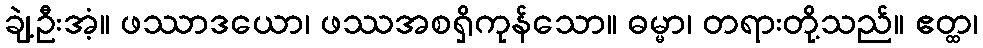
ချဲ့ဦးအံ့။ ဖဿာဒယော၊ ဖဿအစရှိကုန်သော။ ဓမ္မာ၊ တရားတို့သည်။ ဧတ္ထ၊